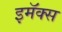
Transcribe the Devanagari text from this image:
इमॅक्स